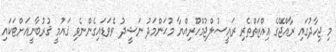
މި ޖިހާދުގައި ރާއްޖޭގެ ޢިއްޒަތްތެރި ރައީސުލްޖުމްހޫރިއްޔާ މުޙަންމަދު ނަޝީދު ވެވަޑައިގެންނެވި ޤައުމީ ޤުރުބާނީއަށްޓަކައި